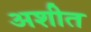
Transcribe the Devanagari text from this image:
अशीत